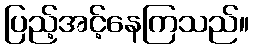
ပြည့်အင့်နေကြသည်။